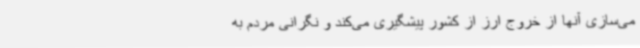
می‌سازی آنها از خروج ارز از کشور پیشگیری می‌کند و نگرانی مردم به